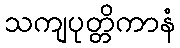
သကျပုတ္တိကာနံ